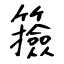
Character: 籡